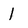
Character: 1